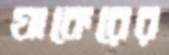
যাকেরের